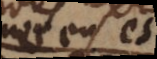
Dieu et